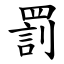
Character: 罰